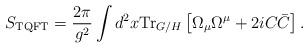
LaTeX: \begin{align*}S_{\rm TQFT} = \frac{2\pi}{g^2}\int d^2x {\rm Tr}_{G/H}\left[\Omega_{\mu}\Omega^{\mu} + 2iC\bar{C}\right].\end{align*}